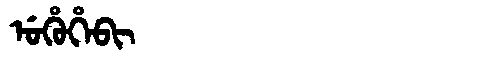
Manchu: ᡠᡥᡠᡥᡝᠪᡳ
Romanization: UHUHEBI